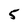
Character: 5